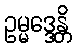
ဥမ္မဒ္ဒေန္တိ